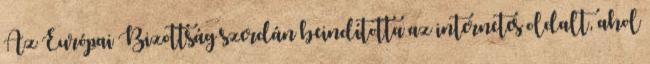
Az Európai Bizottság szerdán beindította az internetes oldalt, ahol